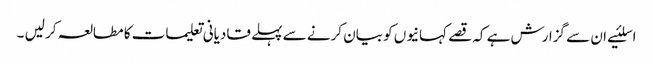
اسلئیے ان سے گزارش ہے کہ قصے کہانیوں کو بیان کرنے سے پہلے قادیانی تعلیمات کا مطالعہ کر لیں ۔